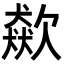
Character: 𣤛